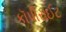
કૉપીરાઈટ